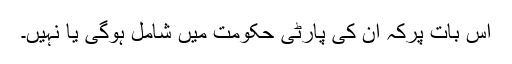
اس بات پرکہ ان کی پارٹی حکومت میں شامل ہوگی یا نہیں۔